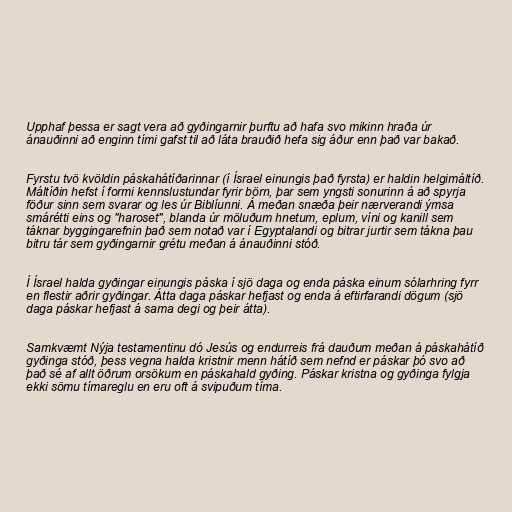
Upphaf þessa er sagt vera að gyðingarnir þurftu að hafa svo mikinn hraða úr
ánauðinni að enginn tími gafst til að láta brauðið hefa sig áður enn það var bakað.

Fyrstu tvö kvöldin páskahátíðarinnar (í Ísrael einungis það fyrsta) er haldin helgimáltíð.
Máltíðin hefst í formi kennslustundar fyrir börn, þar sem yngsti sonurinn á að spyrja
föður sinn sem svarar og les úr Biblíunni. Á meðan snæða þeir nærverandi ýmsa
smárétti eins og "haroset", blanda úr möluðum hnetum, eplum, víni og kanill sem
táknar byggingarefnin það sem notað var í Egyptalandi og bitrar jurtir sem tákna þau
bitru tár sem gyðingarnir grétu meðan á ánauðinni stóð.

Í Ísrael halda gyðingar einungis páska í sjö daga og enda páska einum sólarhring fyrr
en flestir aðrir gyðingar. Átta daga páskar hefjast og enda á eftirfarandi dögum (sjö
daga páskar hefjast á sama degi og þeir átta).

Samkvæmt Nýja testamentinu dó Jesús og endurreis frá dauðum meðan á páskahátíð
gyðinga stóð, þess vegna halda kristnir menn hátíð sem nefnd er páskar þó svo að
það sé af allt öðrum orsökum en páskahald gyðing. Páskar kristna og gyðinga fylgja
ekki sömu tímareglu en eru oft á svipuðum tíma.